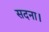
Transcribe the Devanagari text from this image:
सदना।